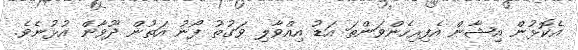
އެކޮޅުން އިޝާން އެފިރިހެންވަންތަ އަޑު އިއްވާލި ވަގުތު ފޯނު އަތުން ދޫވާން އުޅުނެވެ.